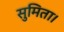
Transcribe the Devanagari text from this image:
सुमिता।